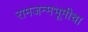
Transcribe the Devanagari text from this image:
रामजन्मभूमीचा